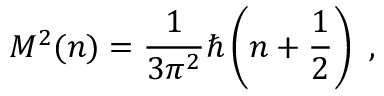
M ^ { 2 } ( n ) = \frac { 1 } { 3 \pi ^ { 2 } } \hbar \left( n + \frac { 1 } { 2 } \right) ~ ,